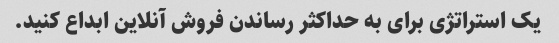
یک استراتژی برای به حداکثر رساندن فروش آنلاین ابداع کنید.